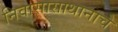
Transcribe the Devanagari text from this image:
निवासासाथानाचे